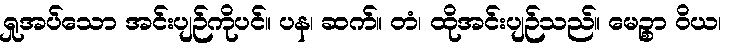
ရှုအပ်သော အင်းပျဉ်ကိုပင်။ ပန၊ ဆက်။ တံ၊ ထိုအင်းပျဉ်သည်။ မေဉ္စာ ဝိယ၊